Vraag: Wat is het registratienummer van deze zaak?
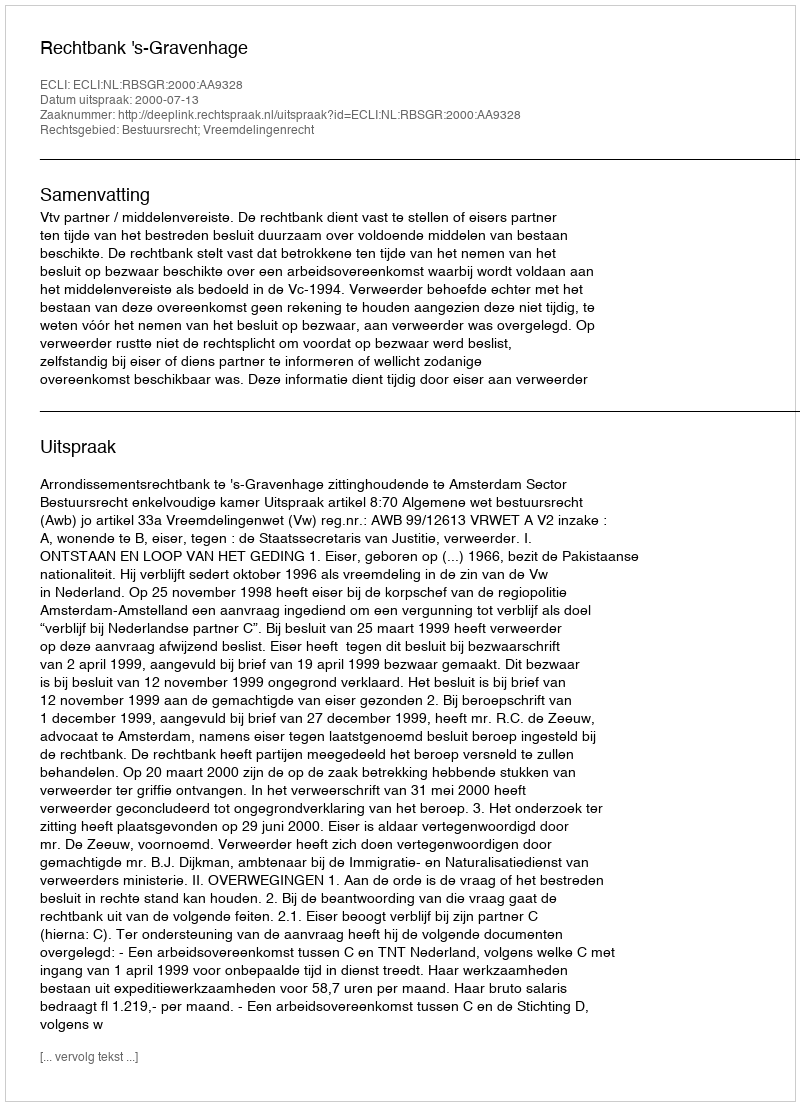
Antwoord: http://deeplink.rechtspraak.nl/uitspraak?id=ECLI:NL:RBSGR:2000:AA9328